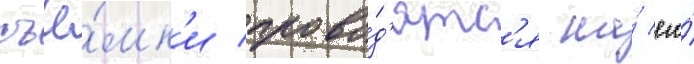
съё́мк'и прово́д'ятс'я на́ его́